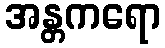
အန္တကရော